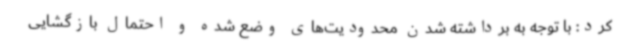
کرد: با توجه به برداشته شدن محدودیت‌های وضع شده و احتمال بازگشایی